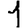
Digit: 1